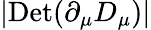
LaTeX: |\mathrm{Det}(\partial_{\mu}D_{\mu})|